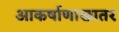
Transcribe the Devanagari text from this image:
आकर्षाणाखातर